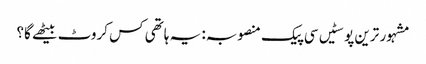
مشہور ترین پوسٹیں	سی پیک منصوبہ: یہ ہاتھی کس کروٹ بیٹھے گا؟